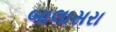
બાલાસરા